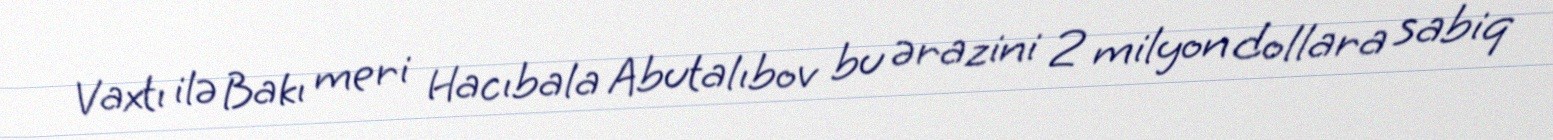
Vaxtı ilə Bakı meri Hacıbala Abutalıbov bu ərazini 2 milyon dollara sabiq